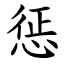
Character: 惩